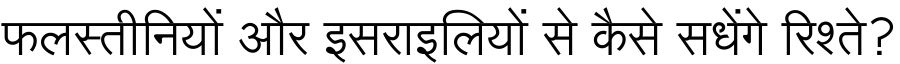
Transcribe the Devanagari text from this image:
फलस्तीनियों और इसराइलियों से कैसे सधेंगे रिश्ते?